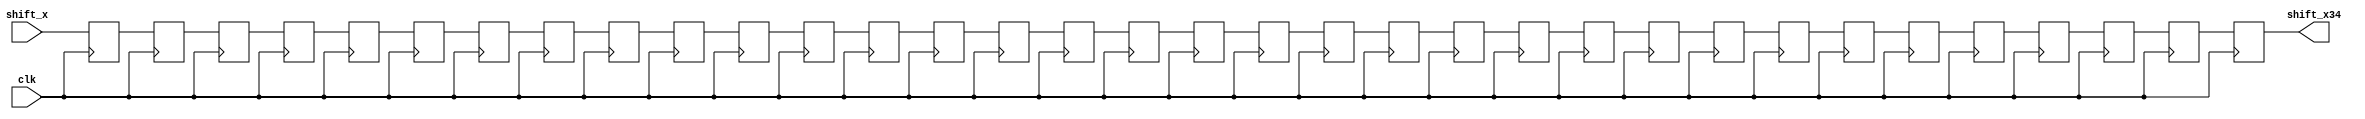
`timescale 1ns / 1ps
//////////////////////////////////////////////////////////////////////////////////
// Company: 
// Engineer: 
// 
// Design Name: 
// Module Name: Flag_Pipeline
// Project Name: 
// Target Devices: 
// Tool Versions: 
// Description: 
// 
// Dependencies: 
// 
// Revision:
// Revision 0.01 - File Created
// Additional Comments:
// 
//////////////////////////////////////////////////////////////////////////////////


module Flag_Pipeline(
input clk,
input shift_x,
output reg shift_x34
    );
    
    
 reg  shift_x0,shift_x1,shift_x2,shift_x3,shift_x4,shift_x5,shift_x6,
     shift_x7,shift_x8,shift_x9,shift_x10,shift_x11,shift_x12,shift_x13,shift_x14,
     shift_x15,shift_x16,shift_x17;
 reg shift_x18,shift_x19,shift_x20,shift_x21,shift_x22,shift_x23,shift_x24,shift_x25,shift_x26,shift_x27,shift_x28,shift_x29,shift_x30,shift_x31,shift_x32,shift_x33;
 
   always@(shift_x)
   begin
   shift_x0 <= shift_x;
   end
   
     
    always@(posedge clk)
    begin
    shift_x1 <= shift_x0;
    shift_x2 <= shift_x1;
    shift_x3 <= shift_x2;
    shift_x4 <= shift_x3;
    shift_x5 <= shift_x4;
    shift_x6 <= shift_x5;
    shift_x7 <= shift_x6;
    shift_x8 <= shift_x7;
    shift_x9 <= shift_x8;
    shift_x10 <= shift_x9;
    shift_x11 <= shift_x10;
    shift_x12 <= shift_x11;
    shift_x13 <= shift_x12;
    shift_x14 <= shift_x13;
    shift_x15 <= shift_x14;
    shift_x16 <= shift_x15;
    shift_x17 <= shift_x16;
    shift_x18 <= shift_x17;
    shift_x19 <= shift_x18;
     shift_x20 <= shift_x19;
     shift_x21 <= shift_x20;
     shift_x22 <= shift_x21;
      shift_x23 <= shift_x22;
      shift_x24 <= shift_x23;
      shift_x25 <= shift_x24;
      shift_x26 <= shift_x25;
      shift_x27 <= shift_x26;
      shift_x28 <= shift_x27;
      shift_x29 <= shift_x28;
      shift_x30 <= shift_x29;
      shift_x31 <= shift_x30;
      shift_x32 <= shift_x31;
       shift_x33 <= shift_x32;
       shift_x34 <= shift_x33;
    end
endmodule